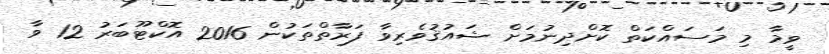
ވީމާ މި މަސައްކަތް ކޮށްދިނުމަށް ޝައުޤުވެރިވާ ފަރާތްތަކުން 2016 އޮކްޓޫބަރު 12 ވާ